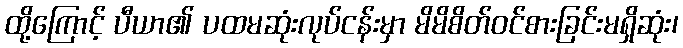
ထို့ကြောင့် ပီယာ၏ ပထမဆုံးလုပ်ငန်းမှာ မိမိစိတ်ဝင်စားခြင်းမရှိဆုံး၊